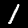
Label: 1